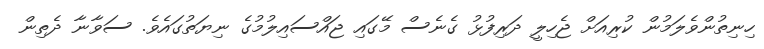
ހިނިތުންވެލަމުން ކުރިއަށް ޖެހިލީ ދަރިފުޅު ގެނެސް މޭގައި ޖައްސައިލުމުގެ ނިޔަތުގައެވެ. ސަވާނާ ދެތިން